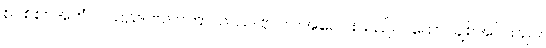
စင်စစ်။ အဟံ၊ ငါသည်။ ဗလာကာယဿ၊ ဗိုလ်ပါအပေါင်းသည်။ ပိယော၊ ချစ်အပ်သည်။